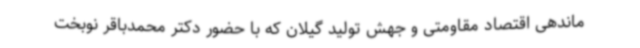
ماندهی اقتصاد مقاومتی و جهش تولید گیلان که با حضور دکتر محمدباقر نوبخت